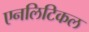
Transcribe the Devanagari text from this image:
एनलिटिकल